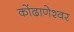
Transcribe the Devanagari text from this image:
कोंढाणेश्वर